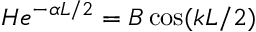
H e ^ { - \alpha L / 2 } = B \cos ( k L / 2 )